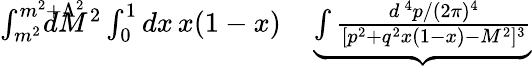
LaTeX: \begin{array}{rlr}{\int_{m^{2}}^{m^{2}+\Lambda^{2}}\! \! \! \! \! \! \! \! \! \! dM^{2}\int_{0}^{1}dx\, x(1-x)}&{{}}&{\! \! \! \! \! \underbrace{\int{\frac{d^{\, 4}p/(2\pi)^{4}}{[p^{2}+q^{2}x(1-x)-M^{2}]^{3}}}}}\end{array}